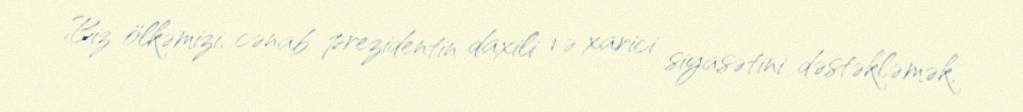
Biz ölkəmizi, cənab prezidentin daxili və xarici siyasətini dəstəkləmək,